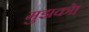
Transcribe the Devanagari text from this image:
मुझको।